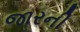
જારની